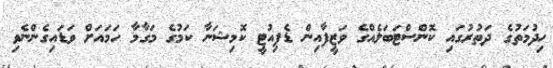
ހިދުމަތުގެ ދަތުރުގައި ކޮންސްޓަބަލެއްގެ ވަޒީފާއިން ޑެޕިއުޓީ ކޮމިޝަނާ ކަމުގެ މަގާމާ ހަމައަށް ވަޑައިގެންނެވި